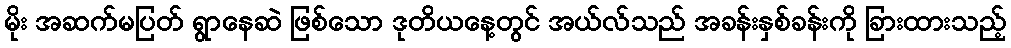
မိုး အဆက်မပြတ် ရွာနေဆဲ ဖြစ်သော ဒုတိယနေ့တွင် အယ်လ်သည် အခန်းနှစ်ခန်းကို ခြားထားသည့်